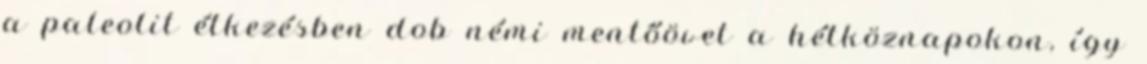
a paleolit étkezésben dob némi mentőövet a hétköznapokon, így